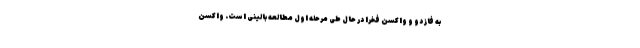
به فاز دو و واکسن فخرا در حال طی مرحله اول مطالعه بالینی است. واکسن